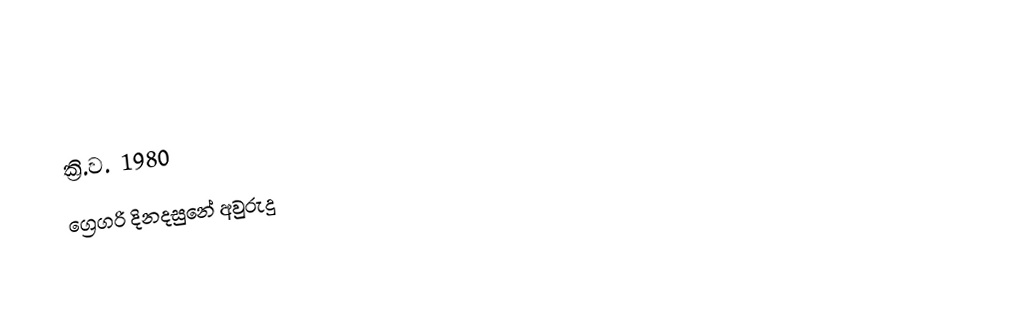

ක්‍රි.ව. 1980
ග්‍රෙගරි දිනදසුනේ අවුරුදු